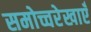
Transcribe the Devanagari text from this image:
समोच्चरेखाएँ